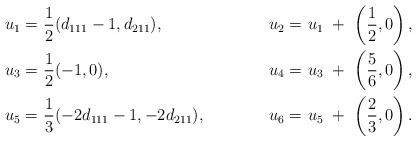
LaTeX: \begin{align*}u_1 =& \ \frac{1}{2}( d_{111}-1,d_{211} ),& u_2 =& \ u_1 \ + \ \left(\frac{1}{2},0\right), \\u_3 =& \ \frac{1}{2}( -1,0 ),& u_4 =& \ u_3 \ + \ \left(\frac{5}{6},0\right), \\u_5 =& \ \frac{1}{3}( -2d_{111}-1,-2d_{211} ),& u_6 =& \ u_5 \ + \ \left(\frac{2}{3},0\right).\end{align*}